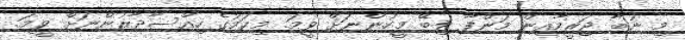
މި ނުބާ ޖަރީމާއިން މަންފާ ލިބޭ މީހުންނަށް ވީމަ. މިކަމުގެ ހިއްސާދާރުންނަށް ވީމަ.